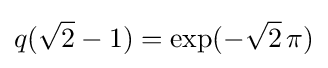
q({\sqrt {2}}-1)=\exp(-{\sqrt {2}}\,\pi )